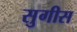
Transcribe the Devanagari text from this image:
सुगीस